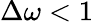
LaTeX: \Delta\omega<1